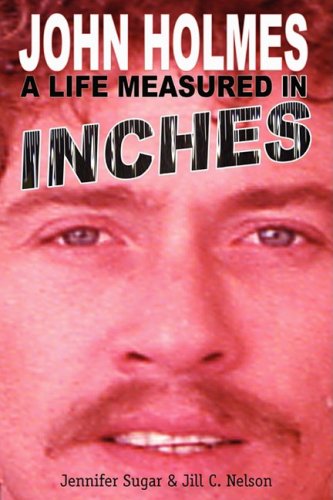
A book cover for John Holmes, a Life Measured in Inches; Jennifer Sugar; Politics & Social Sciences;